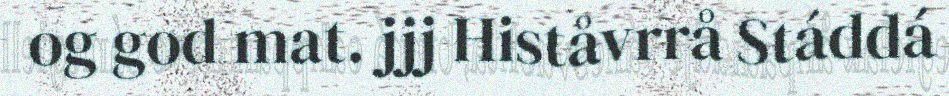
og god mat. jjj Histåvrrå Stáddá